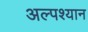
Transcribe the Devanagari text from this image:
अल्पश्यान